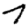
Digit: 7